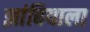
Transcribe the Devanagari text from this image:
झांबियाला